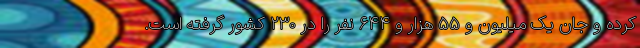
کرده و جان یک میلیون و ۵۵ هزار و ۶۴۴ نفر را در ۲۳۰ کشور گرفته است.